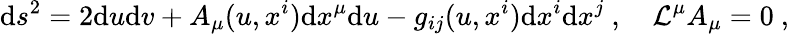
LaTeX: \mathrm{d}s^{2}=2\mathrm{d}u\mathrm{d}v+A_{\mu}(u,x^{i})\mathrm{d}x^{\mu}\mathrm{d}u-g_{ij}(u,x^{i})\mathrm{d}x^{i}\mathrm{d}x^{j}\ ,\quad\mathcal{L}^{\mu}A_{\mu}=0\ ,